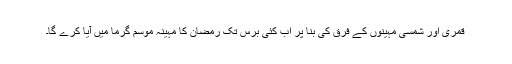
قمری اور شمسی مہینوں کے فرق کی بنا پر اب کئی برس تک رمضان کا مہینہ موسم گرما میں آیا کرے گا۔